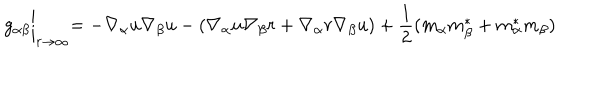
g _ { \alpha \beta } \biggl | _ { r \to \infty } = - \nabla _ { \alpha } u \nabla _ { \beta } u - ( \nabla _ { \alpha } u \nabla _ { \beta } r + \nabla _ { \alpha } r \nabla _ { \beta } u ) + \frac { 1 } { 2 } ( m _ { \alpha } m _ { \beta } ^ { * } + m _ { \alpha } ^ { * } m _ { \beta } )